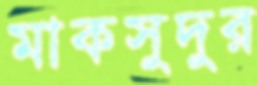
মাকসুদুর